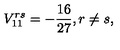
V _ { 1 1 } ^ { r s } = - \frac { 1 6 } { 2 7 } , r \neq s ,